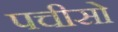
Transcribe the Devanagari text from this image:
पचीसो